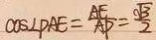
\cos \angle P A E = \frac { A E } { A P } = \frac { \sqrt { 3 } } { 2 }